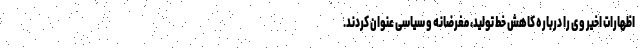
اظهارات اخیر وی را درباره کاهش خط تولید، مغرضانه و سیاسی عنوان کردند.